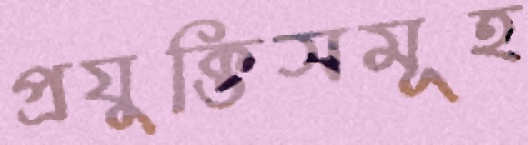
প্রযুক্তিসমূহ